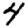
Digit: 4